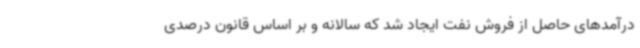
درآمدهای حاصل از فروش نفت ایجاد شد که سالانه و بر اساس قانون درصدی